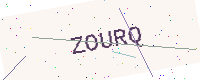
Text: ZOURQ